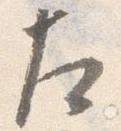
左